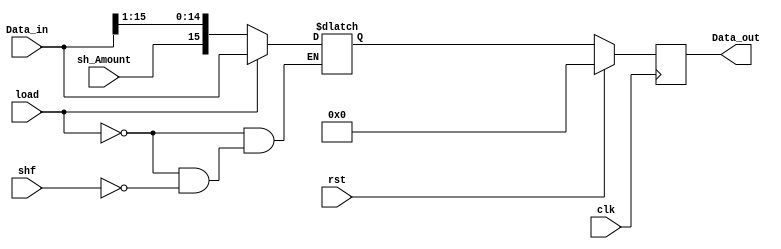
`timescale 1ns / 1ps
//////////////////////////////////////////////////////////////////////////////////
// Company: 
// Engineer: 
// 
// Design Name: 
// Module Name: shlReg
// Project Name: 
// Target Devices: 
// Tool Versions: 
// Description: 
// 
// Dependencies: 
// 
// Revision:
// Revision 0.01 - File Created
// Additional Comments:
// 
//////////////////////////////////////////////////////////////////////////////////


module shlReg
    (
        input [15:0] Data_in,
        input load,rst,clk,shf,sh_Amount,
        output  [15:0] Data_out
    );
    reg [15:0] Q_next,Q_reg;

    always @(posedge clk) 
    begin
        if (rst) 
        begin
            Q_reg<='b0;    
        end
        else
            Q_reg<=Q_next;
    end
    always @(*) 
    begin
        if (load) 
        begin
            Q_next=Data_in;   
        end
        else if (shf) 
        begin
            Q_next={sh_Amount,Data_in[15:1]};    
        end    
    end
    assign Data_out=Q_reg;
endmodule